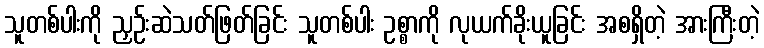
သူတစ်ပါးကို ညှဉ်းဆဲသတ်ဖြတ်ခြင်း သူတစ်ပါး ဥစ္စာကို လုယက်ခိုးယူခြင်း အစရှိတဲ့ အားကြီးတဲ့